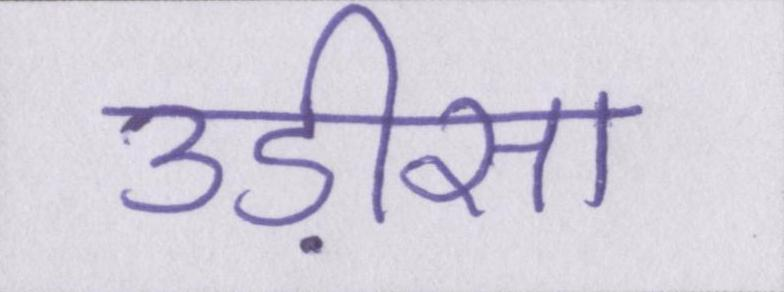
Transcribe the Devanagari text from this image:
उड़ीसा